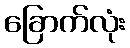
ခြောက်လုံး